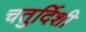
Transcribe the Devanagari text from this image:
चतुर्दिशी